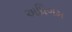
અધિગમ